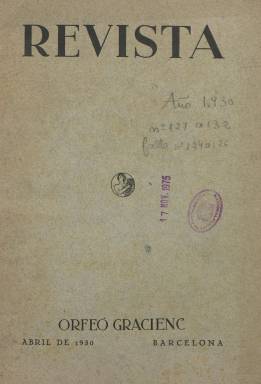
Título: Revista (Orfeó Gracienc)
Colección: Música
Ámbito geográfico: Barcelona
Lugar de publicación: Barcelona
Fechas: 01/04/1930-31/05/1936

El Orfeó Gracienc comenzó la publicación mensual de esta Revista en octubre de 1917, de la que se conocen 96 números, en un formato gran 8º, hasta diciembre de 1925 (Palau: 1958), viéndose obligado a suspenderla durante la dictadura primoriverista. Inicia su segunda época, con el número 127, de abril de 1930, con la indicación de décimo tercer año de edición, el mismo con el que comienza su colección en la Biblioteca Nacional de España (BNE). En el artículo de salutación de esta entrega se hará mención a los “seis años de arbitrariedad” precedentes, expresando que “sus ideales ya no son cosa delictiva; sus cantos ya no se tienen por perturbadores ni enemigos de la paz pública tan curiosamente defendida por los gobiernos paternalistas”. Escrita íntegramente en catalán, el siguiente artículo de este número –Per a anar prosseguint la tasca…– será escrito por quien era director desde la fundación, en 1903, de esta masa coral y de su órgano de difusión, el compositor Joan Balcells i Garcia (1882-1972), que se refiere a la “suspensión forzosa” que había tenido la publicación desde el mes de julio de 1928.

Las entregas de la publicación tienen en torno a 24 páginas, aunque a veces las aumenta o reduce, compuestas a una y dos columnas, con cubierta a dos tintas y portada. En esta se dice, bajo el grabado de su cabecera, que el Orfeó Gracienc “tiene por objeto la propagación y el enaltecimiento del arte musical catalán, como una de las manifestaciones que más eficazmente contribuyen a infiltrar y difundir en nuestro pueblo la conciencia de la personalidad de Cataluña y sus reivindicaciones”. Además de ofrecer la programación mensual de sus actuaciones, publica valiosos artículos de historia de la música, ofrece crónicas sobre conciertos de fuera de Cataluña, como una parisina; tiene una sección de Noticiario, con breves sobre la actividad de otras entidades en Cataluña, y otra referida a su biblioteca; da cuenta de las actividades de sus diferentes secciones, como la excursionista o la fotográfica (en la que inserta alguno de sus escasos fotograbados), publica biografías, y una Sección oficial sobre sus organización.

También inserta publicidad comercial. Las colonias musicales infantiles que organizó la sociedad coral estuvieron financiadas por Pau Casals, entre 1933 y 1935. Entre los autores de sus textos aparecen los nombres de Eduard Artells i Bover, Ivonne Attenelle de Giménez, Josep Montfort, Joaquim Casamitjana i Riqué, A. Sabater i Mur, Josep, Subirà, Enric Climent o Enric Mestre i Pallejà.

La colección de la BNE no está completa, y entre los números que le faltan se encuentra el 143, de febrero de 1932, un extraordinario de un centenar de páginas y muy ilustrado, publicado con motivo de la celebración de las bodas de plata del orfeón, y que supone una historia de esta entidad hasta ese momento.

La última entrega de esta Revista en la colección de la BNE es la número 184, de mayo de 1936, pero siguió publicándose, llegando a ser difundida a sus socios en los mismos frentes de la guerra, hasta finales del año 1938, pues las tropas franquistas penetrarán en la ciudad de Barcelona en enero de 1939.

El Orfeó Gracienc volverá a editar un único número de Butlleti informatiu per els socis, en el verano de 1976, y otras publicaciones periódicas posteriormente, que también forman parte de la colección de la BNE. Entre otras referencias para este título, la Història de la premsa catalana, de Torrent y Tarsis (1966) y el catálogo de la prensa musical de Torres Mulas (1991), así como las propias Memorias de Balcells, editadas en 1984.